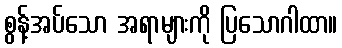
စွန့်အပ်သော အရာများကို ပြသောဂါထာ။